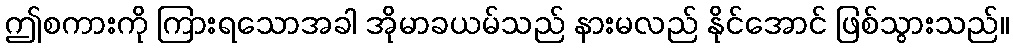
ဤစကားကို ကြားရသောအခါ အိုမာခယမ်သည် နားမလည် နိုင်အောင် ဖြစ်သွားသည်။